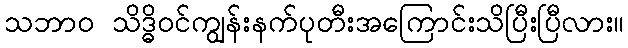
သဘာ၀ သိဒ္ဓိဝင်ကျွန်းနက်ပုတီးအကြောင်းသိပြီးပြီလား။